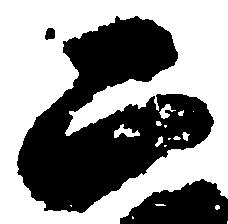
ニ